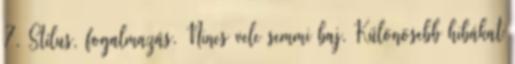
7. Stílus, fogalmazás. Nincs vele semmi baj. Különösebb hibákat